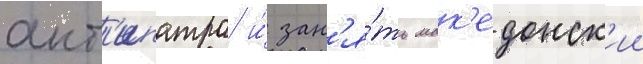
ант'ипатра и́ зан'я́ть мак'едонск'ии